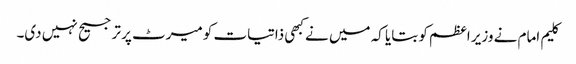
کلیم امام نے وزیر اعظم کو بتایا کہ میں نے کبھی ذاتیات کو میرٹ پر ترجیح نہیں دی۔